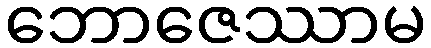
ဘောဇေဿာမ